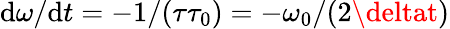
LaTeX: \mathrm{d}\omega/\mathrm{d}t=-1/{\left(\tau\tau_{0}\right)}=-\omega_{0}/{\left(2\deltat\right)}